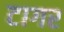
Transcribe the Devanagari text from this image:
टागर